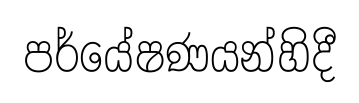
පර්යේෂණයන්හිදී